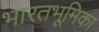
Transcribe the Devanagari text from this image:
भारतभूमिका